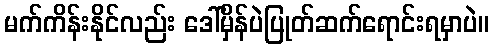
မက်ကိန်းနိုင်လည်း ဒေါ်မှိန်ပဲပြုတ်ဆက်ရောင်းရမှာပဲ။